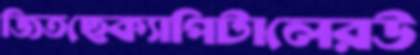
জিতছেক্যাপিটালেরউ